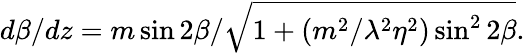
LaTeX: d\beta/dz={m\sin 2\beta}/\sqrt{1+(m^{2}/\lambda^{2}\eta^{2})\sin^{2}2\beta}.